Vaccination in the Punjab 1919-1929 - 1919-1929
Year: 1919
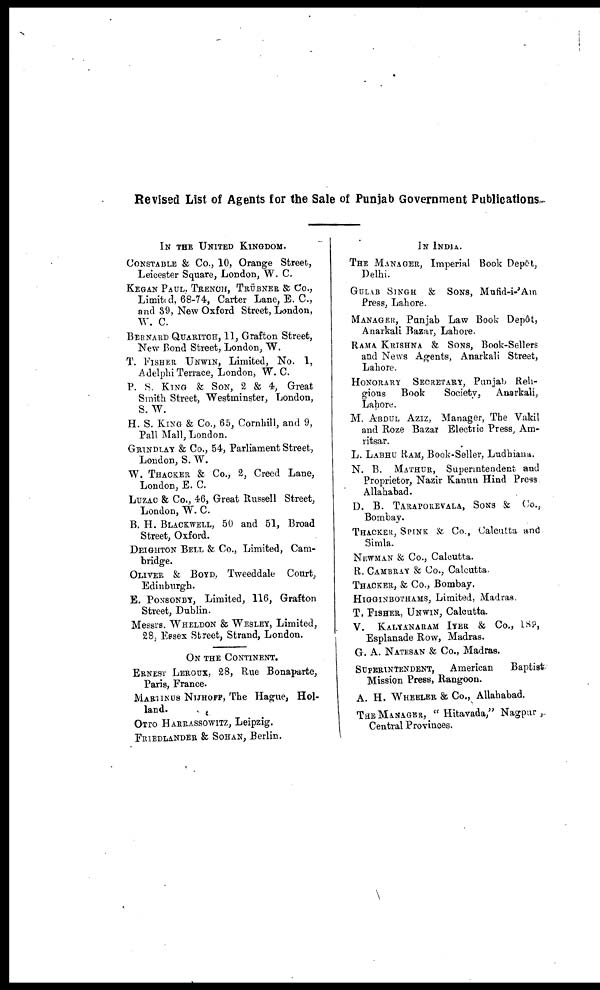
Revised List of Agents for the Sale of Punjab Government Publications.
IN THE UNITED KINGDOM.
CONSTABLE & Co., 10, Orange Street,
Leicester Square, London, W. C.
KEGAN PAUL, TRENCH, TRÜBNER & Co.,
Limited, 68-74, Carter Lane, E. C.,
and 39, New Oxford Street, London,
W. C.
BERNARD QUARITCH, 11, Grafton Street,
New Bond Street, London, W.
T. FISHER UNWIN, Limited, No. 1,
Adelphi Terrace, London, W. C.
P. S. KING & SON, 2 & 4, Great
Smith Street, Westminster, London,
S. W.
H. S. KING & Co., 65, Cornhill, and 9,
Pall Mall, London.
GRINDLAY & Co., 54, Parliament Street,
London, S. W.
W. THACKER & Co., 2, Creed Lane,
London, E. C.
LUZAC & Co., 46, Great Russell Street,
London, W. C.
B. H. BLACKWELL, 50 and 51, Broad
Street, Oxford.
DEIGHTON BELL & Co., Limited, Cam-
bridge.
OLIVER & BOYD, Tweeddale Court,
Edinburgh.
E. PONSONBY, Limited, 116, Grafton
Street, Dublin.
Messrs. WHELDON & WESLEY, Limited,
28, Essex Street, Strand, London.
ON THE CONTINENT.
ERNEST LEROUX, 28, Rue Bonaparte,
Paris, France.
MARTINUS NIJHOFF, The Hague, Hol-
land.
OTTO HARRASSOWITZ, Leipzig.
FRIEDLANDER & SOHAN, Berlin.
IN INDIA.
THE MANAGER, Imperial Book Depôt,
Delhi.
GULAB SINGH & SONS, Mufid-i-'Am
Press, Lahore.
MANAGER, Punjab Law Book Depôt,
Anarkali Bazar, Lahore.
RAMA KRISHNA & SONS, Book-Sellers
and News Agents, Anarkali Street,
Lahore.
HONORARY SECRETARY, Punjab Reli-
gious
Book
Society,
Anarkali,
Lahore.
M. ABDUL AZIZ, Manager, The Vakil
and Roze Bazar Electric Press, Am¬
ritsar.
L. LABHU RAM, Book-Seller, Ludhiana.
N. B. MATHUR, Superintendent and
Proprietor, Nazir Kanun Hind Press
Allahabad.
D. B. TARAPOREVALA, SONS & Co.,
Bombay.
THACKER, SPINK & Co., Calcutta and
Simla.
NEWMAN & Co., Calcutta.
R. CAMBRAY & Co., Calcutta.
THACKER, & Co., Bombay.
HIGGINBOTHAMS, Limited, Madras.
T. FISHER, UNWIN, Calcutta.
V. KALYANARAM IYER & Co., 189,
Esplanade Row, Madras.
G. A. NATESAN & Co., Madras.
SUPERINTENDENT, American
Baptist.
Mission Press, Rangoon.
A. H. WHEELER & Co., Allahabad.
THE MANAGER, "Hitavada," Nagpur,
Central Provinces.